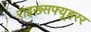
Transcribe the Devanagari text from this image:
राइख्सफ्यूहरर